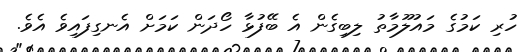
ހުރި ކަމުގެ މައުލޫމާތު ލިބިގެން އެ ބޭފުޅާ ހޯދަން ކަމަށް އެނގިފައިވެ އެވެ.